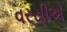
વરસીએ